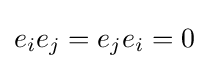
e_{i}e_{j}=e_{j}e_{i}=0